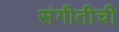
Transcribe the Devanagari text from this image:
संगीतीची